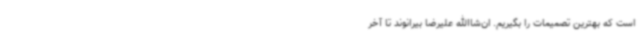
است که بهترین تصمیمات را بگیریم. ان‌شاالله علیرضا بیرانوند تا آخر